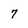
Character: 7